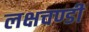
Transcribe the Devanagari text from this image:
लक्षचण्डी